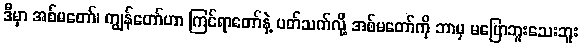
ဒီမှာ အစ်မတော်၊ ကျွန်တော်ဟာ ကြင်ရာတော်နဲ့ ပတ်သက်လို့ အစ်မတော်ကို ဘာမှ မပြောဘူးသေးဘူး